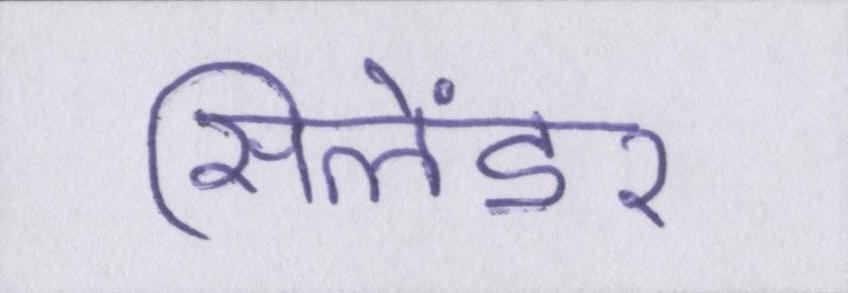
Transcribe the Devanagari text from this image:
सिलेंडर